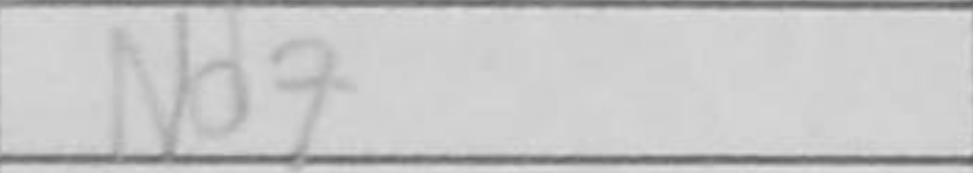
Transcription: Nd7